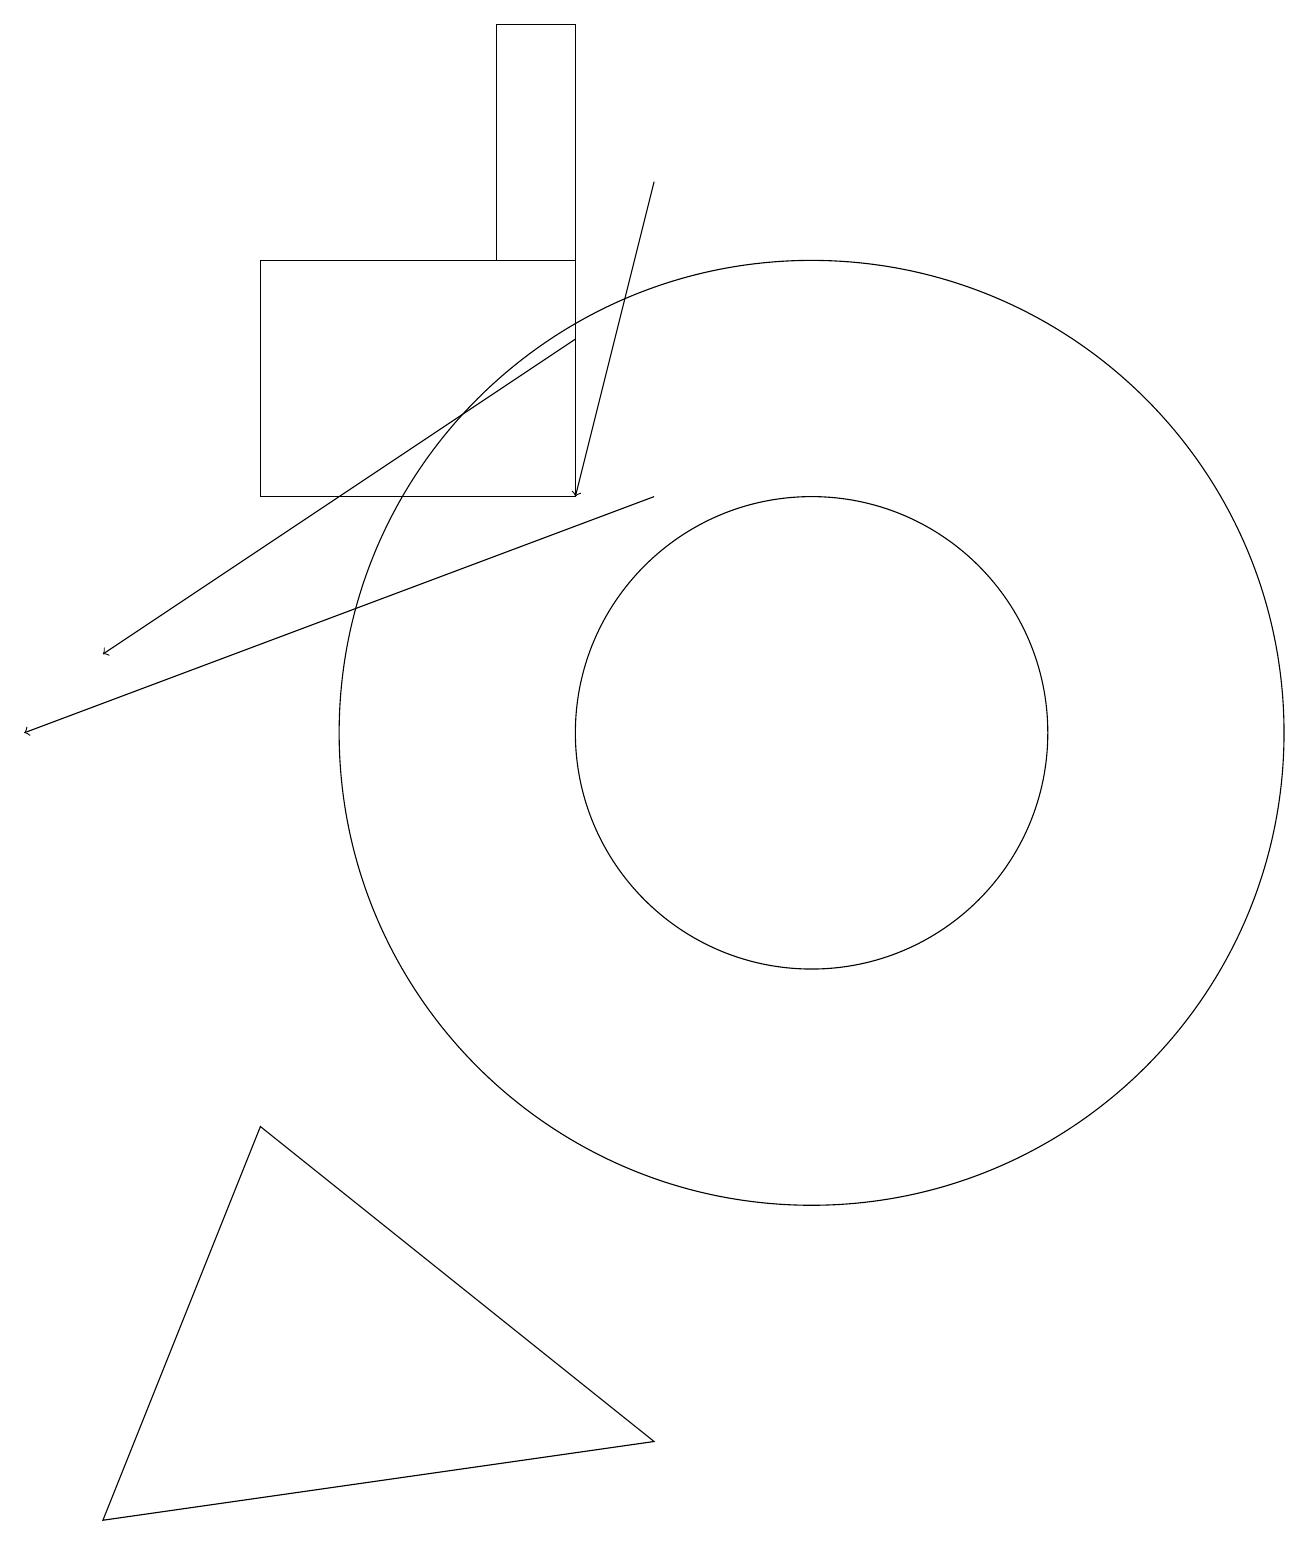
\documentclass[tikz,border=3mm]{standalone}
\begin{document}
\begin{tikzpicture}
\draw (8,16) rectangle (7,19);
\draw (8,13) rectangle (4,16);
\draw (11,10) circle (6);
\draw (4,5) -- (2,0) -- (9,1) -- cycle;
\draw[->] (8,15) -- (2,11);
\draw[->] (9,17) -- (8,13);
\draw (11,10) circle (3);
\draw[->] (9,13) -- (1,10);
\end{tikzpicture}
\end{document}